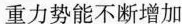
重力势能不断增加